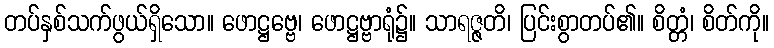
တပ်နှစ်သက်ဖွယ်ရှိသော။ ဖောဋ္ဌဗ္ဗေ၊ ဖောဋ္ဌဗ္ဗာရုံ၌။ သာရဇ္ဇတိ၊ ပြင်းစွာတပ်၏။ စိတ္တံ၊ စိတ်ကို။